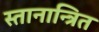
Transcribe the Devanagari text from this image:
स्तानान्त्रित